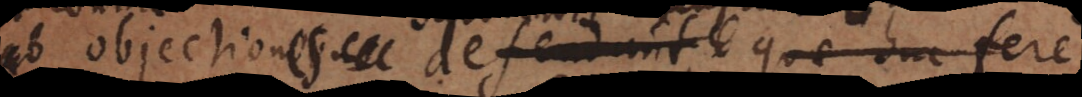
ab objectionibus defendunt, quae huc fere